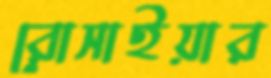
রোসাইয়ার